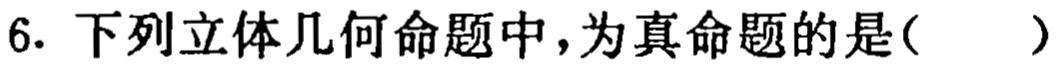
6. 下列立体几何命题中，为真命题的是(  )